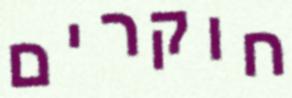
חוקרים